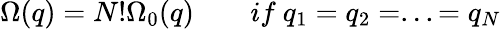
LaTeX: \Omega(q)=N!\Omega_{0}(q)\qquad if\ q_{1}=q_{2}=...=q_{N}